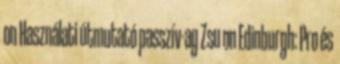
on Használati útmutató passzív-ag Zsu on Edinburgh: Pro és